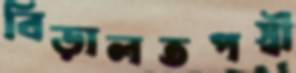
বিড়ালতপস্বী